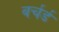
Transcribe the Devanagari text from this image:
बर्चर्ड